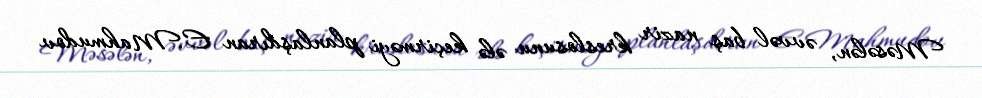
Məsələn, əvvəl baş nazir kreslosunu ələ keçirməyi planlaşdıran E.Mahmudov